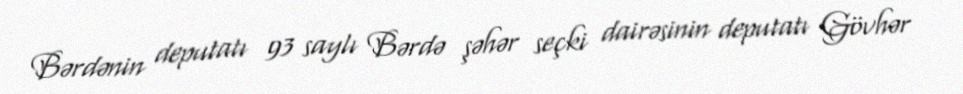
Bərdənin deputatı 93 saylı Bərdə şəhər seçki dairəsinin deputatı Gövhər